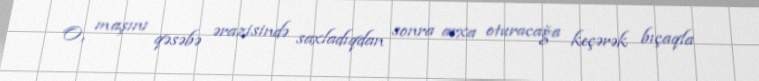
O, maşını qəsəbə ərazisində saxladıqdan sonra arxa oturacağa keçərək bıçaqla